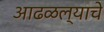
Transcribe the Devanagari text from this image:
आढळल्याचे